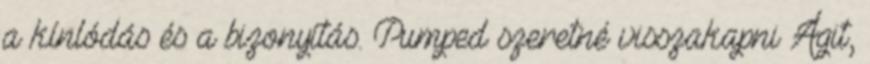
a kínlódás és a bizonyítás. Pumped szeretné visszakapni Ágit,